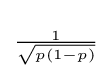
\scriptstyle {\frac {1}{\sqrt {p(1-p)}}}